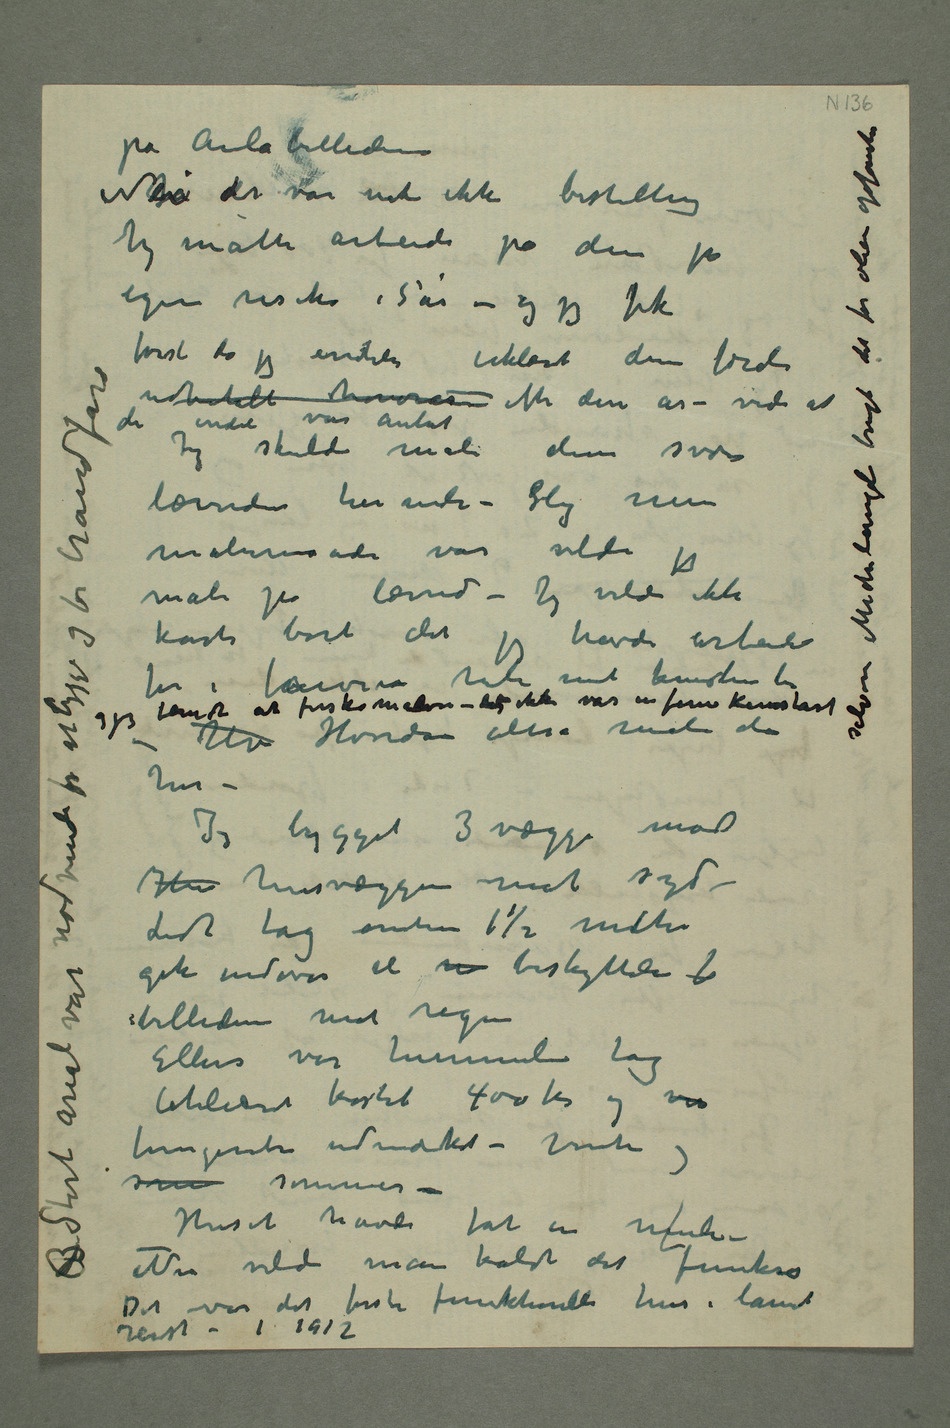
på Aulabilledene
Nei det var nok ikke bestilling
Jeg måtte arbeide på dem på
egen risiko i 5 år – og jeg fik
først da jeg endeli erklærte dem færdi
udbetalt honorar efter disse år – vide at de
endeli var antat Jeg skulde male disse svære
lærreder her inde – Slig min
malermaade var vilde jeg
male på lærred – Jeg vilde ikke
hele mit kunstnerliv og jeg fandt at freskomaleri – det ikke var en form kunstart selvom
– Hv Hvordan altså male
dem her –
Jeg bygget 3 vægger mod
Lidt tag omtrent 1½ mteter
gik indover til  beskyttelse f
billederne mot regn
fungerede udmærket – vinter og
Det var det første funktionelle hus i landet
reist – i 1912